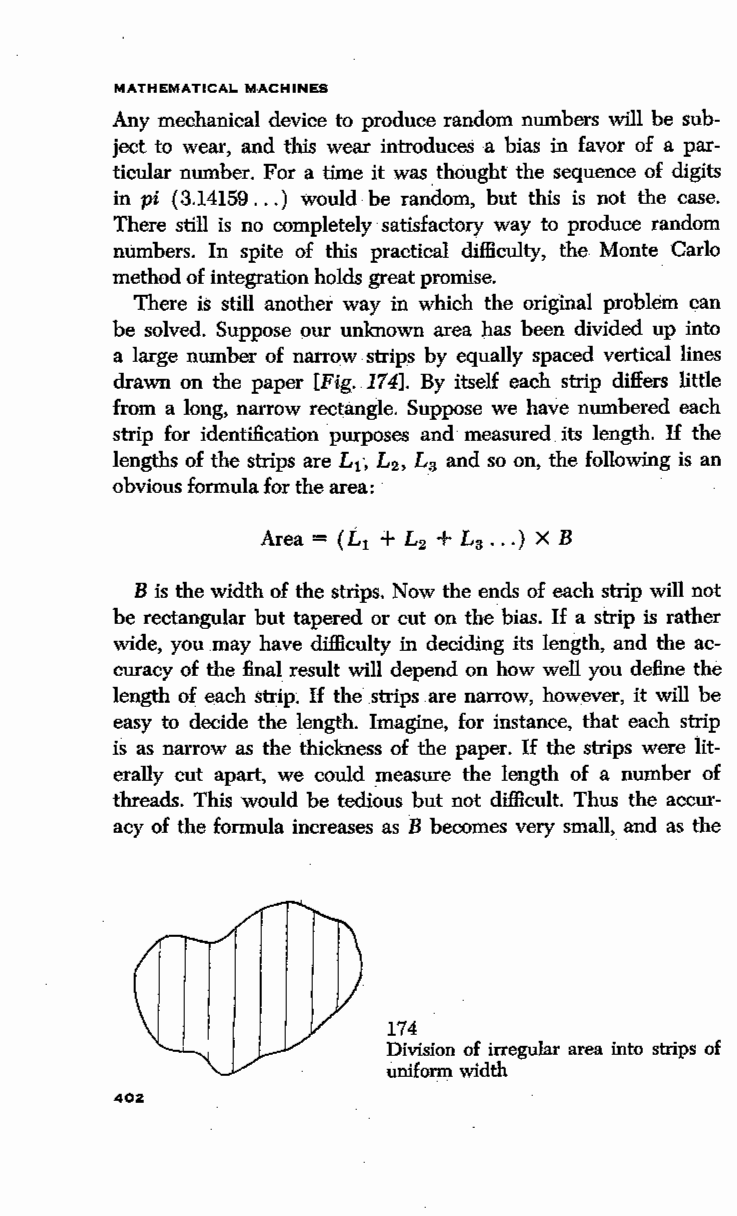
MATHEMATICAL MACHINES
 Any mechanical device to produce random numbers will be sub
 ject to wear, and this wear introduces a bias in favor of a par
 ticular number. For a time it was. thought the sequence of digits
 in pi ( 3.14159 ... ) would· be random, but this is not the case.
 There still is no completely satisfactory way to produce random
 numbers. In spite of this practical difficulty, the Monte Carlo
 method of integration holds great promise. ·
 There is still another way in which the original problem can
 be solved. Suppose our unknown area has been divided up into
 a large number of narrow strips by equally spaced vertical lines
 drawn on the paper [Fig. 174]. By itself each strip differs little
 from a long, narrow rectangle. Suppose we have numbered each
 strip for identification purposes and measured. its length. If the
 lengths of the strips are L 1, L 2, La and so on, the following is an
 obvious formula for the area:
 Area = ( L 1 + L2 + La ... ) X B
 B is the width of the strips. Now the ends of each strip will not
 be rectangular but tapered or cut on the. bias. If a strip is rather
 wide, you may have difficulty in deciding its length, and the ac
 curacy of the final result will depend on how well you define the
 length of each strip.· If the strips .are narrow, however, it will be
 easy to decide the length. Imagine, for instance, that each strip
 is as narrow as the thickness of the paper. If the strips were lit
 erally cut apart, we could measure the length of a number of
 threads. This would be tedious but not difficult. Thus the accur
 acy of the formula increases as B becomes very small, and as the
 174
 Division of irregular area into strips of
 uniform width
 402